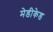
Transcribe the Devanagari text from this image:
मेडीकेड